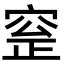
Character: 𡩞